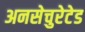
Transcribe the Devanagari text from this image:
अनसेचुरेटेड